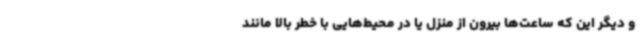
و دیگر این که ساعت‌ها بیرون از منزل یا در محیط‌هایی با خطر بالا مانند